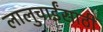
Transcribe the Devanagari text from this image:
लालुचाईंसाठीं